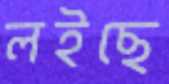
লইছে